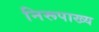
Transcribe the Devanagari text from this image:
निरूपाख्य